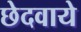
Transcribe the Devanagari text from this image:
छेदवाये